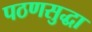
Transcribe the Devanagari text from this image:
पठणसुद्धा